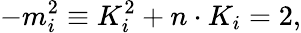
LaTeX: -m_{i}^{2}\equiv K_{i}^{2}+n\cdot K_{i}=2,